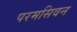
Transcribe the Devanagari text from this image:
परमसिवन